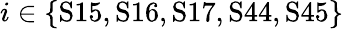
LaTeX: i\in\{ \mathrm{S15,S16,S17,S44,S45}\}